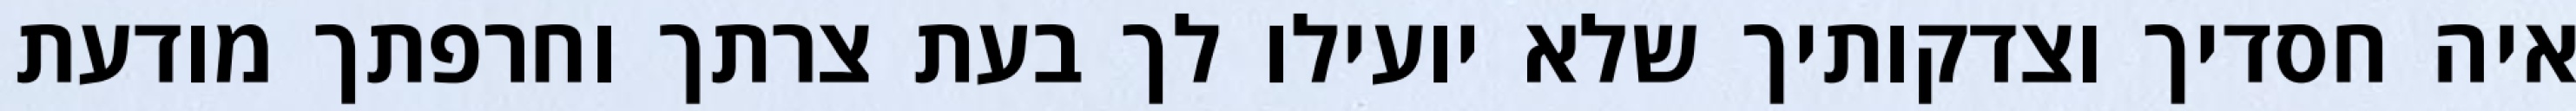
איה חסדיך וצדקותיך שלא יועילו לך בעת צרתך וחרפתך מודעת